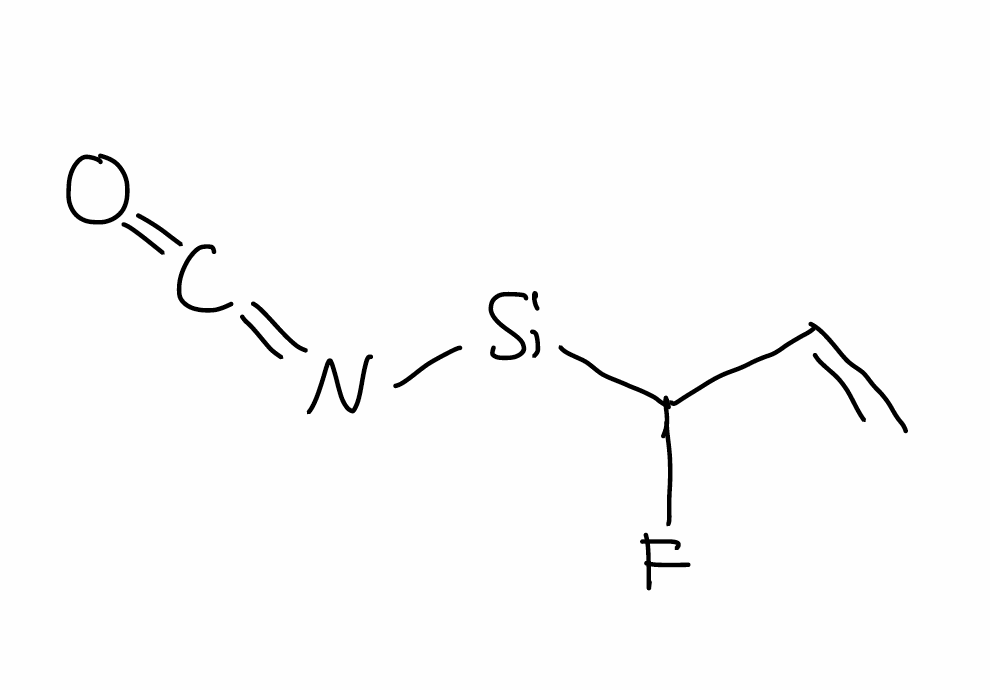
Simplified molecular-input line-entry system (SMILES) notation of the given molecule:
C=CC(F)[Si]N=C=O